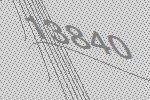
13840